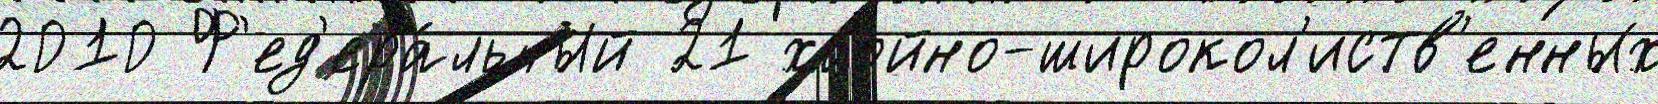
2010 Ф'ед'ера́льный 21 хвойно-широкол'иств'енных